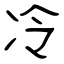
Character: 冷